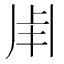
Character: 𤰆